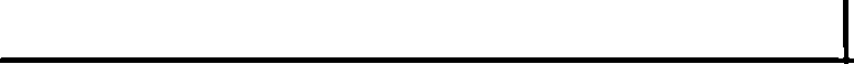
|